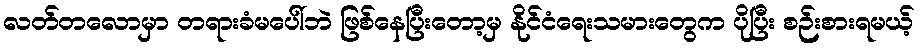
လတ်တလောမှာ တရားခံမပေါ်ဘဲ ဖြစ်နေပြီးတော့မှ နိုင်ငံရေးသမားတွေက ပိုပြီး စဉ်းစားရမယ့်